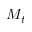
M _ { t }